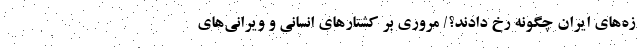
زه‌های ایران چگونه رخ دادند؟/ مروری بر کشتارهای انسانی و ویرانی‌های